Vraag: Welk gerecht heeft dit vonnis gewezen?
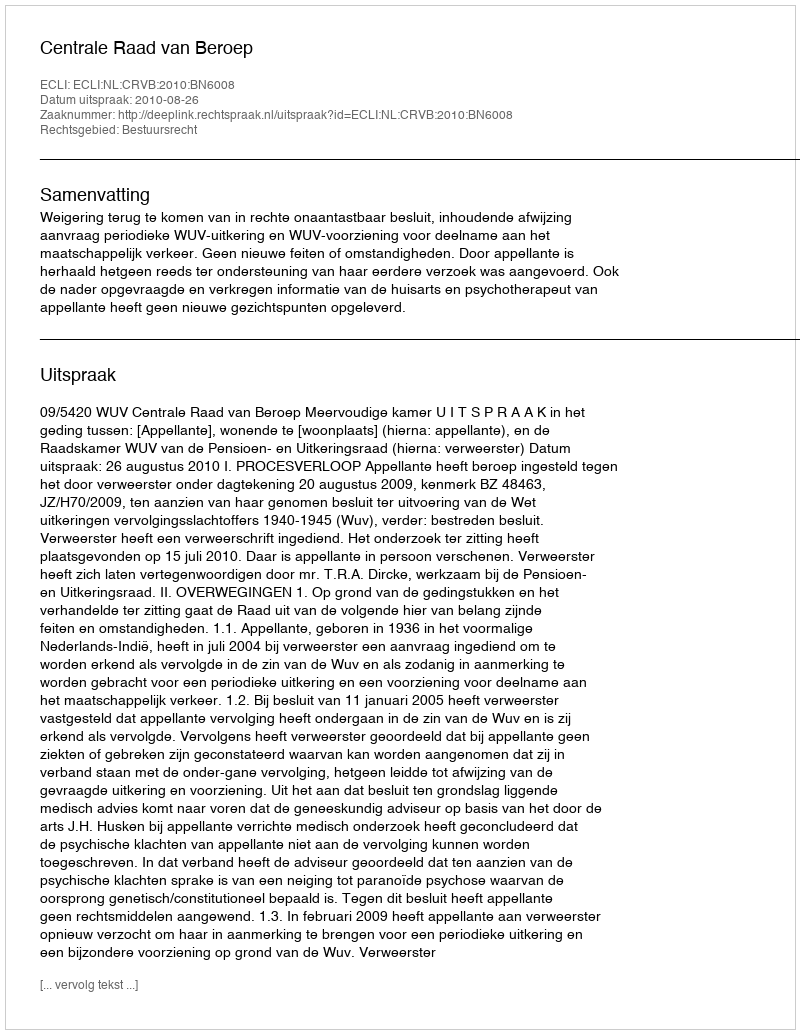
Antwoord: Centrale Raad van Beroep